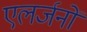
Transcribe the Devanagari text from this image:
एलर्जनों